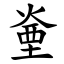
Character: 㷑